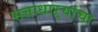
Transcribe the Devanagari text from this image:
सत्ताधाऱ्यांचा